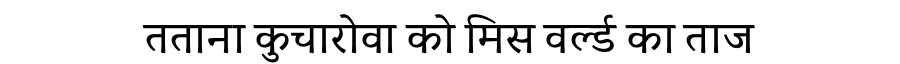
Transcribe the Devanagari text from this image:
तताना कुचारोवा को मिस वर्ल्ड का ताज